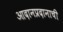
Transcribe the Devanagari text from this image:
आदानप्रदानाची